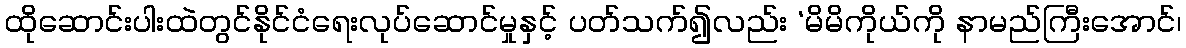
ထိုဆောင်းပါးထဲတွင်နိုင်ငံရေးလုပ်ဆောင်မှုနှင့် ပတ်သက်၍လည်း ‘မိမိကိုယ်ကို နာမည်ကြီးအောင်၊